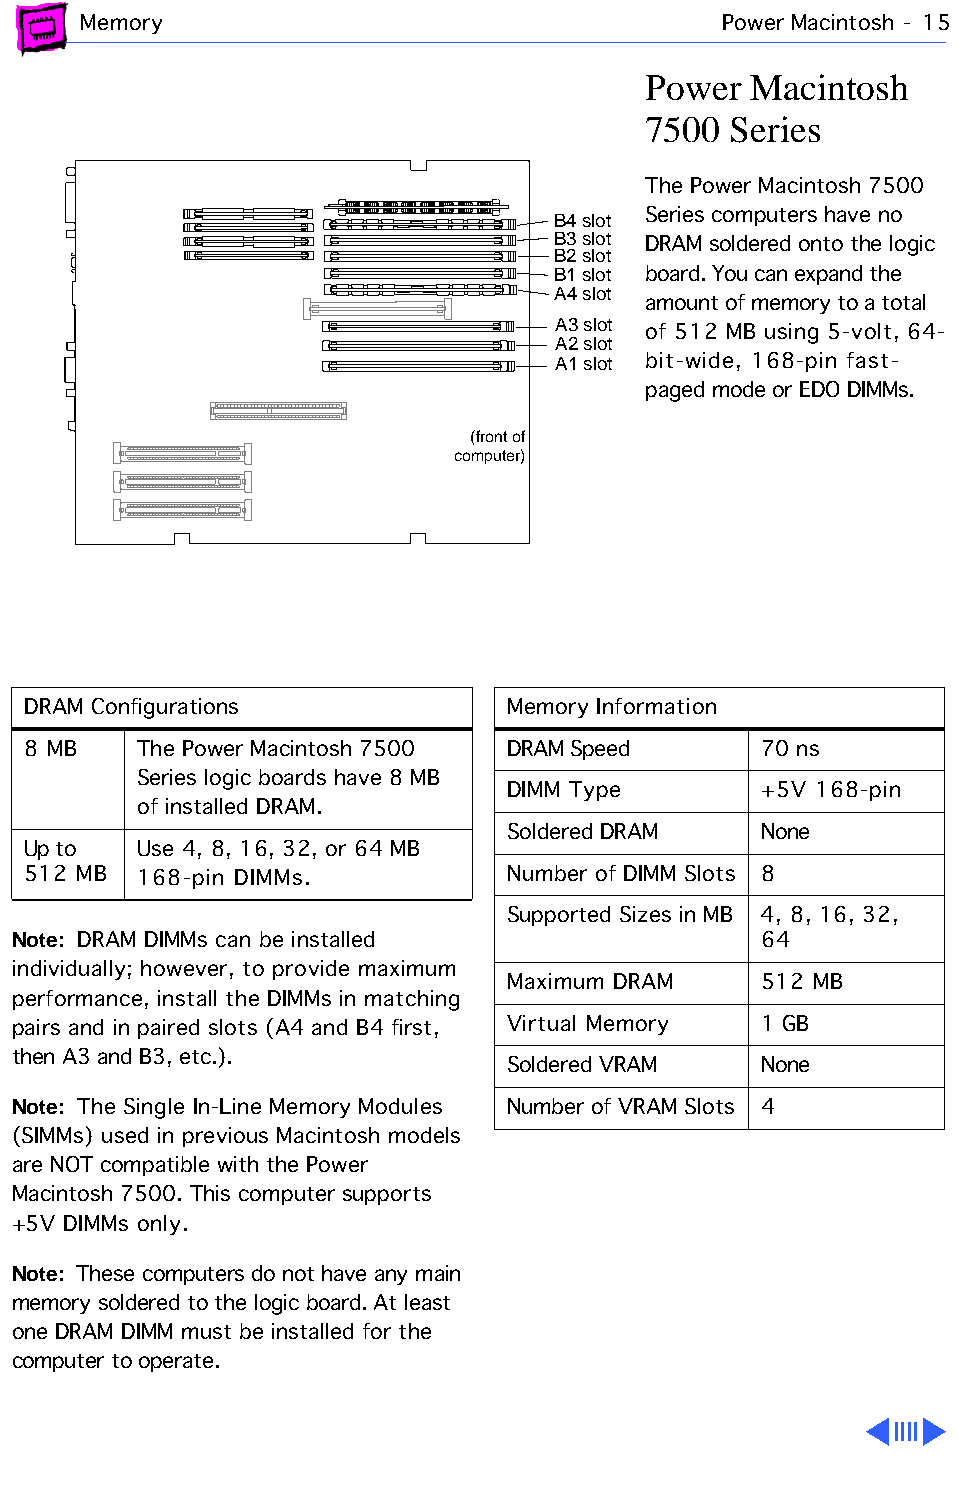
Memory                                    Power Macintosh - 15
 Power  Macintosh
 7500  Series
 The Power Macintosh 7500
 B4 slot Series computers have no
 B3 slot
 DRAM soldered onto the logic
 B2 slot
 B1 slot board. You can expand the
 A4 slot
 amount of memory to a total
 A3 slot
 of 512 MB using 5-volt, 64-
 A2 slot
 A1 slot bit-wide, 168-pin fast-
 paged mode or EDO DIMMs.
 (front of
 computer)
 DRAM Configurations             Memory Information
 8 MB    The Power Macintosh 7500 DRAM Speed      70 ns
 Series logic boards have 8 MB
 DIMM Type        +5V 168-pin
 of installed DRAM.
 Soldered DRAM    None
 Up to   Use 4, 8, 16, 32, or 64 MB
 512 MB  168-pin DIMMs.          Number of DIMM Slots 8
 Supported Sizes in MB 4, 8, 16, 32,
 Note: DRAM DIMMs can be installed                 64
 individually; however, to provide maximum
 Maximum DRAM     512 MB
 performance, install the DIMMs in matching
 pairs and in paired slots (A4 and B4 first, Virtual Memory 1 GB
 then A3 and B3, etc.).
 Soldered VRAM    None
 Note: The Single In-Line Memory Modules Number of VRAM Slots 4
 (SIMMs) used in previous Macintosh models
 are NOT compatible with the Power
 Macintosh 7500. This computer supports
 +5V DIMMs only.
 Note: These computers do not have any main
 memory soldered to the logic board. At least
 one DRAM DIMM must be installed for the
 computer to operate.